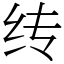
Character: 䌸